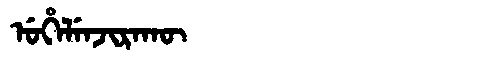
Manchu: ᡠᡥᡝᠯᡝᠨᠵᡳᡵᠠᡴᡡ
Romanization: UHELENJIRAKŪ